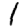
Digit: 1